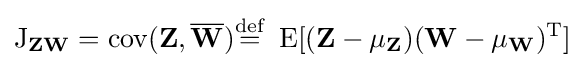
\operatorname {J} _{\mathbf {Z} \mathbf {W} }=\operatorname {cov} (\mathbf {Z} ,{\overline {\mathbf {W} }}){\stackrel {\mathrm {def} }{=}}\ \operatorname {E} [(\mathbf {Z} -\mathbf {\mu _{Z}} )(\mathbf {W} -\mathbf {\mu _{W}} )^{\rm {T}}]